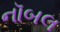
નૉબલ